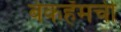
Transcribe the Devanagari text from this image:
बेकहॅमची